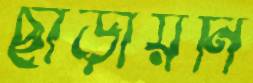
ছাড়ায়নি